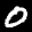
Label: 0